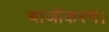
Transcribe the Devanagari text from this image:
बाजीकरण।